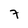
Character: 7